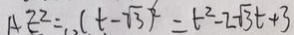
A E ^ { 2 } = ( t - \sqrt { 3 } ) ^ { 2 } = t ^ { 2 } - 2 \sqrt { 3 } t + 3